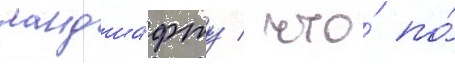
ландша́фту / что́ по́